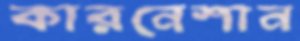
কারনেশান